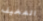
المخيف